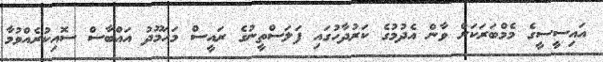
އައިސީސީގެ މެމްބަރަކަށް ވާން އެދުމުގެ ކަރުދާހުގައި ފަލަސްތީނުގެ ރައީސް މަހަމޫދު އައްބާސް ސޮއިކުރެއްވުމާ